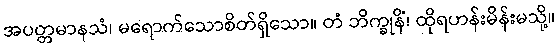
အပတ္တမာနသံ၊ မရောက်သောစိတ်ရှိသော။ တံ ဘိက္ခုနိံ၊ ထိုရဟန်းမိန်းမသို့။